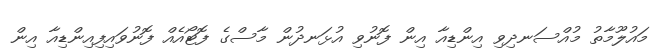
މައުލޫމާތު މުއްސަނދިވި އިންޑިއާ އިން ފޮނުވި އުޅަނދުން މާސްގެ ފޮޓޯއެއް ފޮނުވައިފިއިންޑިއާ އިން